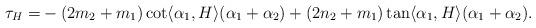
LaTeX: \begin{align*}\tau_{H}=&-(2m_{2}+m_{1}) \cot\langle \alpha_{1}, H \rangle (\alpha_{1}+\alpha_{2})+(2n_{2}+m_{1}) \tan\langle \alpha_{1}, H \rangle (\alpha_{1}+\alpha_{2}).\end{align*}